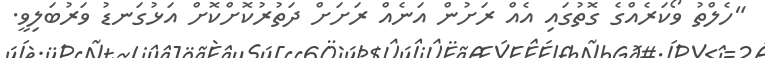
"ހެލްތު ވޯކަރެއްގެ ގޮތުގައި އެއް ރަށުން އަނެއް ރަށަށް ދަތުރުކޮށްކޮށް އަޅުގަނޑު ވަރުބަލިވީ.